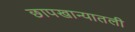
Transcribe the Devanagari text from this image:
छापखान्यातली